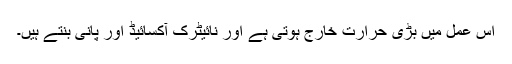
اس عمل میں بڑی حرارت خارج ہوتی ہے اور نائیٹرک آکسائیڈ اور پانی بنتے ہیں۔